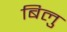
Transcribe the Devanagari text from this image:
बिलु